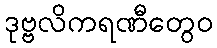
ဒုဗ္ဗလိကရဏီတွေဝ